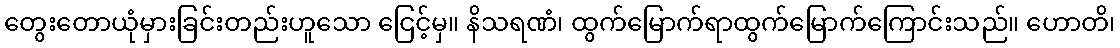
တွေးတောယုံမှားခြင်းတည်းဟူသော ငြေင့်မှ။ နိသရဏံ၊ ထွက်မြောက်ရာထွက်မြောက်ကြောင်းသည်။ ဟောတိ၊